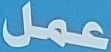
عمل